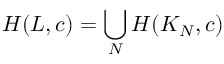
H ( L , c ) = \bigcup _ { N } H ( K _ { N } , c )